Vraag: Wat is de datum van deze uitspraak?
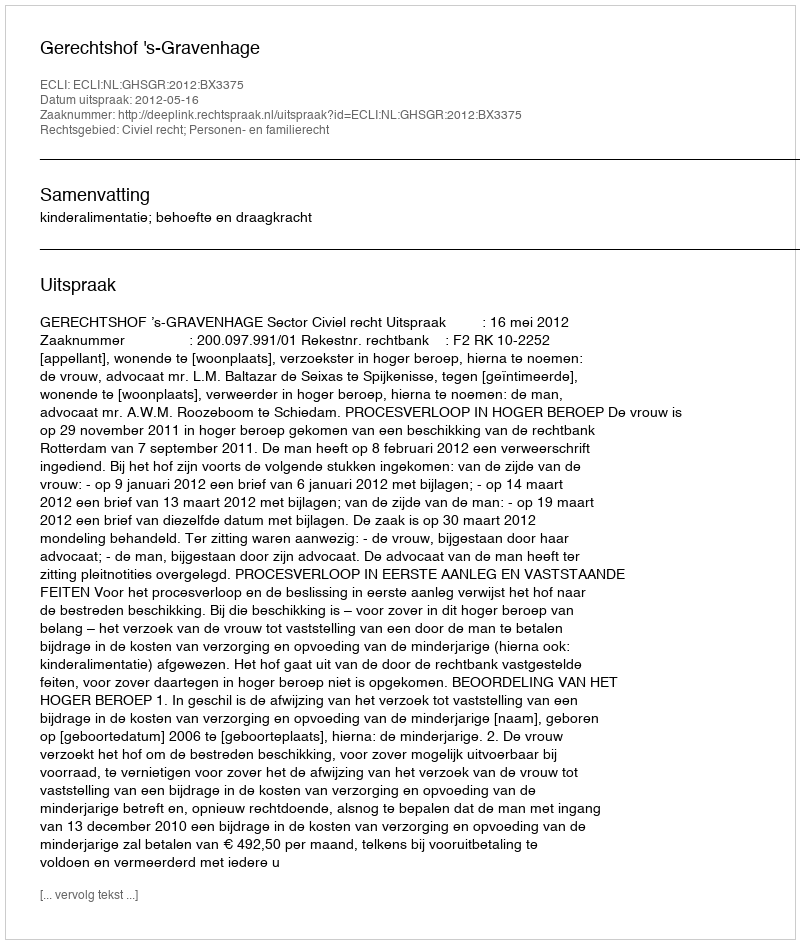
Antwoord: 2012-05-16